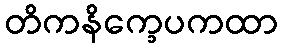
တိကနိက္ခေပကထာ